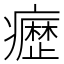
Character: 𭼰